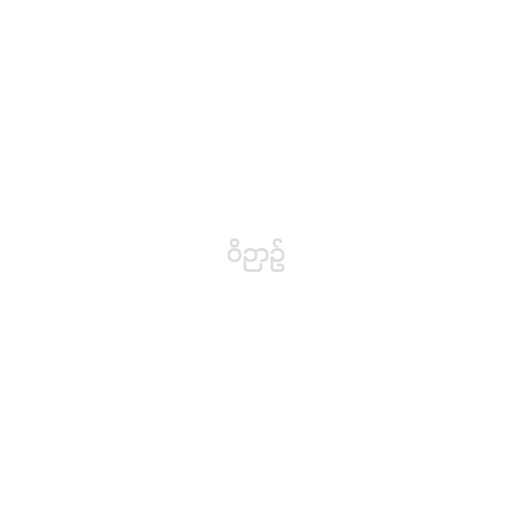
ဝိဉာဥ်